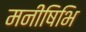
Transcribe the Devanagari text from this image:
मनीषिभि